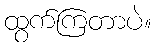
ထွက်ကြတာပဲ။